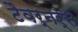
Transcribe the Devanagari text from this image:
टैवर्नर्स